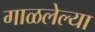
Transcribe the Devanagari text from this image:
गाळलेल्या